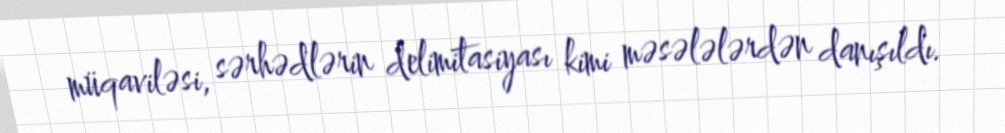
müqaviləsi, sərhədlərin delimitasiyası kimi məsələlərdən danışıldı.